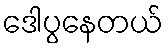
ဒေါပွနေတယ်